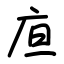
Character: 㡺